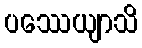
ပဿေယျာသိ